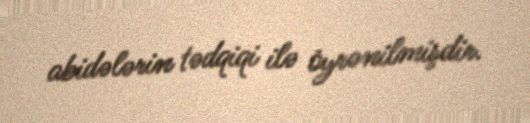
abidələrin tədqiqi ilə öyrənilmişdir.